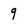
Character: 9